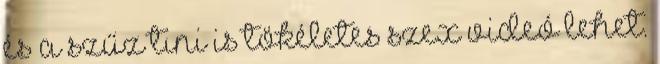
és a szűz tini is tökéletes szex videó lehet.